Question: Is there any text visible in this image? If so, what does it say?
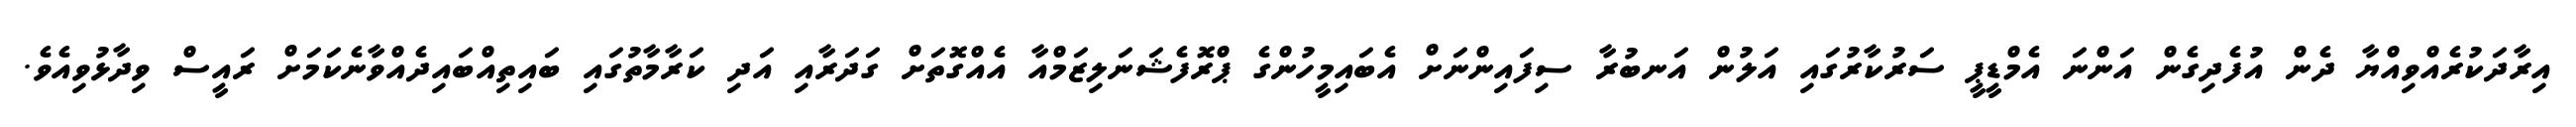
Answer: އިރާދަކުރެއްވިއްޔާ ދެން އުފެދިގެން އަންނަ އެމްޑީޕީ ސަރުކާރުގައި އަލުން އަނބުރާ ސިފައިންނަށް އެބައިމީހުންގެ ޕްރޮފެޝަނަލިޒަމްއާ އެއްގޮތަށް ގަދަރާއި އަދި ކަރާމާތުގައި ބައިތިއްބައިދެއްވާނެކަމަށް ރައީސް ވިދާޅުވިއެވެ.